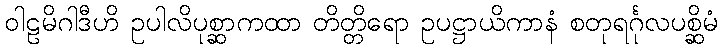
ဝါဠမိဂါဒီဟိ ဥပါလိပုစ္ဆာကထာ တိတ္တိရော ဥပဋ္ဌာယိကာနံ စတုရင်္ဂုလပစ္ဆိမံ